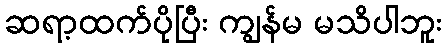
ဆရာ့ထက်ပိုပြီး ကျွန်မ မသိပါဘူး